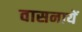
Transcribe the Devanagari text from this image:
वासनायें